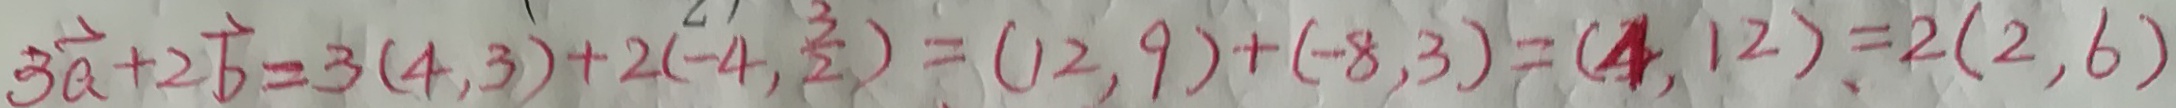
3 \overrightarrow { a } + 2 \overrightarrow { b } = 3 ( 4 , 3 ) + 2 ( - 4 , \frac { 3 } { 2 } ) = ( 1 2 , 9 ) + ( - 8 , 3 ) = ( 4 , 1 2 ) = 2 ( 2 , 6 )